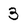
Character: 3